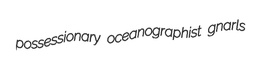
possessionary oceanographist gnarls